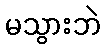
မသွားဘဲ